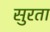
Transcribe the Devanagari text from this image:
सुरता